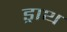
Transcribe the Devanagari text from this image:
ड्राथ